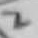
Text: 2